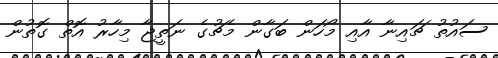
ސައުތު ޗައިނާ އާއި މޯހަން ބަގާން މެޗުގެ ނަތީޖާ މިހާރު އޮތް ގޮތުން